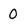
Character: 0